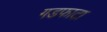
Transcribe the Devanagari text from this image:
गडफाटा